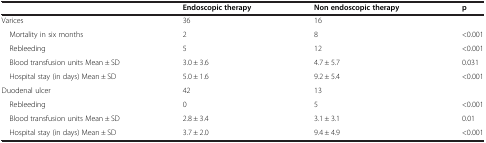
|  | Endoscopic therapy | Non endoscopic therapy | p |
 | --- | --- | --- | --- |
 | Varices | 36 | 16 |  |
 | Mortality in six months | 2 | 8 | <0.001 |
 | Rebleeding | 5 | 12 | <0.001 |
 | Blood transfusion units Mean ± SD | 3.0 ± 3.6 | 4.7 ± 5.7 | 0.031 |
 | Hospital stay (in days) Mean ± SD | 5.0 ± 1.6 | 9.2 ± 5.4 | <0.001 |
 | Duodenal ulcer | 42 | 13 |  |
 | Rebleeding | 0 | 5 | <0.001 |
 | Blood transfusion units Mean ± SD | 2.8 ± 3.4 | 3.1 ± 3.1 | 0.01 |
 | Hospital stay (in days) Mean ± SD | 3.7 ± 2.0 | 9.4 ± 4.9 | <0.001 |